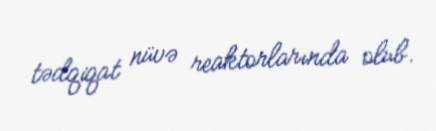
tədqiqat nüvə reaktorlarında olub.